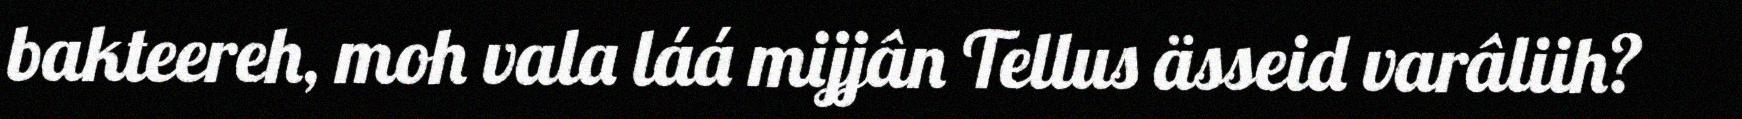
bakteereh, moh vala láá mijjân Tellus ässeid varâliih?